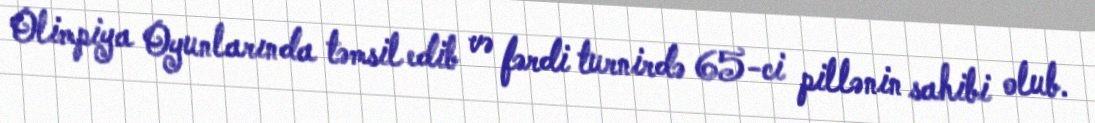
Olimpiya Oyunlarında təmsil edib və fərdi turnirdə 65-ci pillənin sahibi olub.